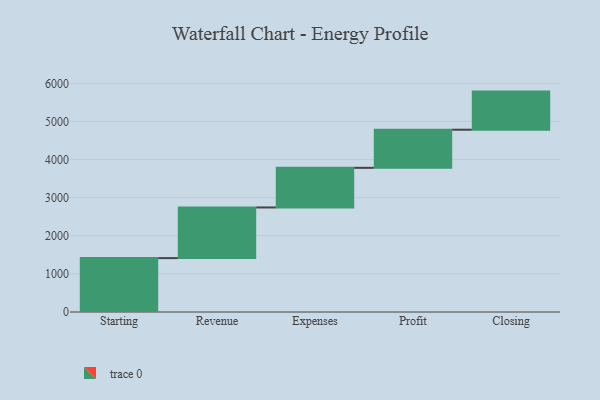
{"axis": {"x": "Step", "y": "Value"}, "legend": [""], "data": [{"x": "Starting", "y": 1414.0, "type": ""}, {"x": "Revenue", "y": 1329.0, "type": ""}, {"x": "Expenses", "y": 1040.0, "type": ""}, {"x": "Profit", "y": 1000, "type": ""}, {"x": "Closing", "y": 1000, "type": ""}]}